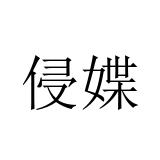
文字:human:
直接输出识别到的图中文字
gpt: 侵媟